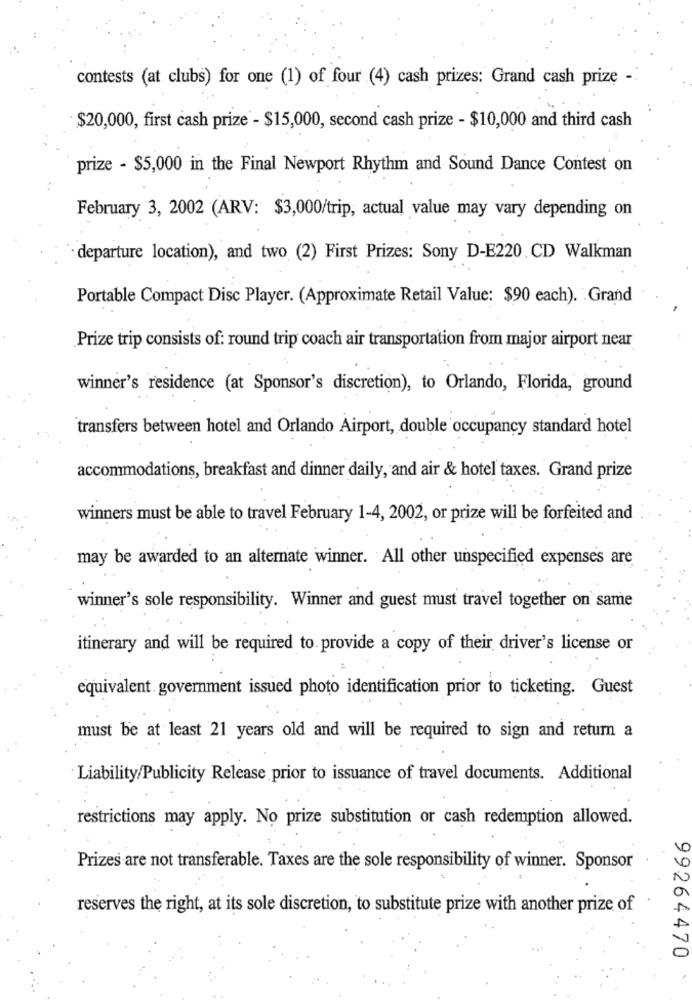
contests (at clubs) for one (1) of four (4) cash prizes: Grand cash prize -
$20,000, first cash prize - $15,000, second cash prize - $10,000 and third cash
prize - $5,000 in the Final Newport Rhythm and Sound Dance Contest on
February 3, 2002 (ARV: $3,000/trip, actual value may vary depending on
departure location), and two (2) First Prizes: Sony D-E220.CD Walkman
Portable Compact Disc Player. (Approximate Retail Value: $90 each). . Grand
Prize trip consists of: round trip coach air transportation from major airport near
winner's residence (at Sponsor's discretion), to Orlando, Florida, ground
transfers between hotel and Orlando Airport, double occupancy standard hotel
accommodations, breakfast and dinner daily, and air & hotel taxes. Grand prize
winners must be able to travel February 1-4, 2002, or prize will be forfeited and
may be awarded to an alternate winner. All other unspecified expenses are
winner's sole responsibility. Winner and guest must travel together on same
itinerary and will be required to provide a copy of their driver's license or
equivalent. government issued photo identification prior to ticketing. Guest
must be at least 21 years old and will be required to sign and return a
Liability/Publicity Release prior to issuance of travel documents. Additional
restrictions may apply. No prize substitution or cash redemption allowed.
Prizes are not transferable. Taxes are the sole responsibility of winner. Sponsor
reserves the right, at its sole discretion, to substitute prize with another prize of
99264470